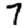
Digit: 7